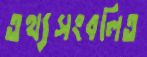
তথ্যসংবলিত